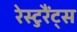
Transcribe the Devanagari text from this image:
रेस्टुरैंट्स